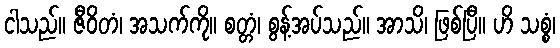
ငါသည်။ ဇီဝိတံ၊ အသက်ကို။ စတ္တံ၊ စွန့်အပ်သည်။ အာသိ၊ ဖြစ်ပြီ။ ဟိ သစ္စံ၊